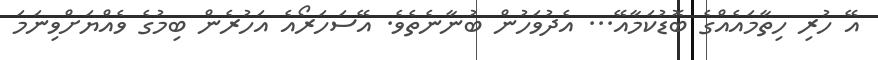
އޭ ހުރި ހިތާމައެއްގެ ބޮޑުކަމާއޭ... އެދުވަހުން ބުނާނެތެވެ. އޭސަހަރޯއެ އަހުރެން ބިމުގެ ވެއްޔަށްވިނަމަ